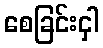
စေခြင်းငှါ